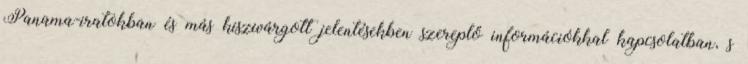
Panama-iratokban és más kiszivárgott jelentésekben szereplő információkkal kapcsolatban, s